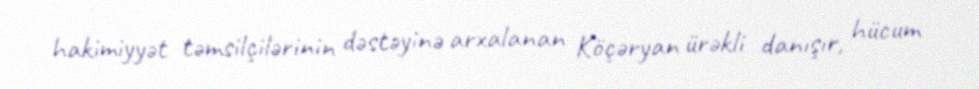
hakimiyyət təmsilçilərinin dəstəyinə arxalanan Köçəryan ürəkli danışır, hücum